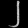
Digit: ၂